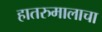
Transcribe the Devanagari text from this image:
हातरुमालाचा